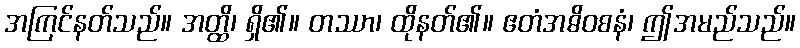
အကြင်နတ်သည်။ အတ္ထိ၊ ရှိ၏။ တဿာ၊ ထိုနတ်၏။ ဧတံအဓိဝစနံ၊ ဤအမည်သည်။